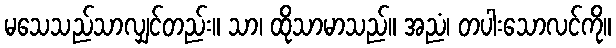
မသေသည်သာလျှင်တည်း။ သာ၊ ထိုသာမာသည်။ အညံ၊ တပါးသောလင်ကို။